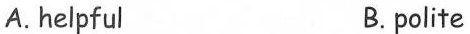
A.helpful B. polite